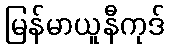
မြန်မာယူနီကုဒ်